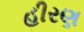
હીરણ